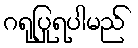
ဂရုပြုရပါမည်